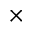
\times { }